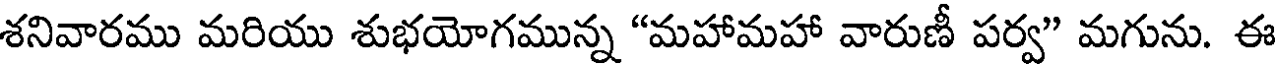
శనివారము మరియు శుభయోగమున్న "మహామహా వారుణీ పర్వ" మగును. ఈ